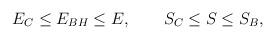
LaTeX: \begin{align*}E_C \le E_{BH} \le E, \qquad S_C \le S \le S_B,\end{align*}